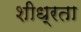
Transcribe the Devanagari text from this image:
शीध्रता